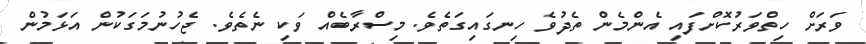
ވަރަށް ހިތްވަރުކޮށްފައި އެންމެން ތެދުވެ ހިނގައިގަތެވެ. މިސްރާބެއް ވަކި ނެތެވެ. ޖެހުނުމަގަކުން އަޅަމުން